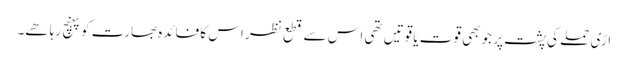
اڑی حملے کی پشت پر جو بھی قوت یا قوتیں تھی اس سے قطع نظر اس کا فائدہ بھارت کو پہنچ رہا ھے۔